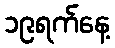
၁၉ရက်နေ့